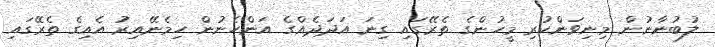
ލުބުނާނުން މިނިވަންކުރި މީހުންގެ ތެރޭގައި ގިނަ އަދަދެއްގެ އަންހެނުން ހިމެނޭއިރު އެއިގެ ތެރޭގައި